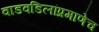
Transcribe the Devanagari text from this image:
वाडवडिलांप्रमाणेच